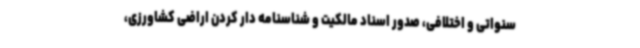
سنواتی و اختلافی، صدور اسناد مالکیت و شناسنامه دار کردن اراضی کشاورزی،